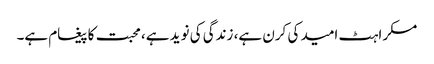
مسکراہٹ امید کی کرن ہے، زندگی کی نوید ہے، محبت کا پیغام ہے۔